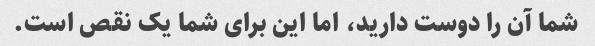
شما آن را دوست دارید، اما این برای شما یک نقص است.